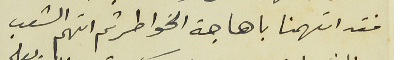
فقد اتهمنا باهاجة الخواطر ثم اتهم الشعب